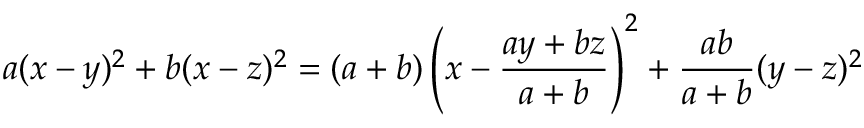
a ( x - y ) ^ { 2 } + b ( x - z ) ^ { 2 } = ( a + b ) \left( x - { \frac { a y + b z } { a + b } } \right) ^ { 2 } + { \frac { a b } { a + b } } ( y - z ) ^ { 2 }